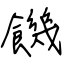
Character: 饑